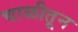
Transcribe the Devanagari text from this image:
चाळीतून